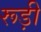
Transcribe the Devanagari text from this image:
रूड़ी